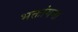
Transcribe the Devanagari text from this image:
भक्तांगना